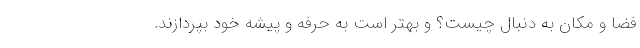
فضا و مکان به دنبال چیست؟ و بهتر است به حرفه و پیشه خود بپردازند.